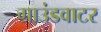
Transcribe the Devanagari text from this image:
ग्राउंडवाटर